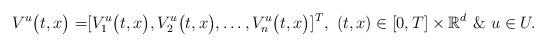
LaTeX: \begin{align*} V^{u}\bigl(t, x\bigr) =& [V_1^{u}\bigl(t, x\bigr), V_2^{u}\bigl(t, x\bigr), \ldots, V_n^{u}\bigl(t, x\bigr)]^T, \,\, (t, x) \in [0, T] \times \mathbb{R}^d \,\, \& \,\, u \in U. \end{align*}